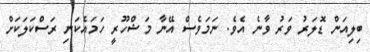
ބިލިއަން ޑޮލަރު ވަރު ވާނެ އެވެ. ނަމަވެސް އޭނާ މަޝްހޫރީ ހަމައެކަނި ރަސްކަލަކަށް